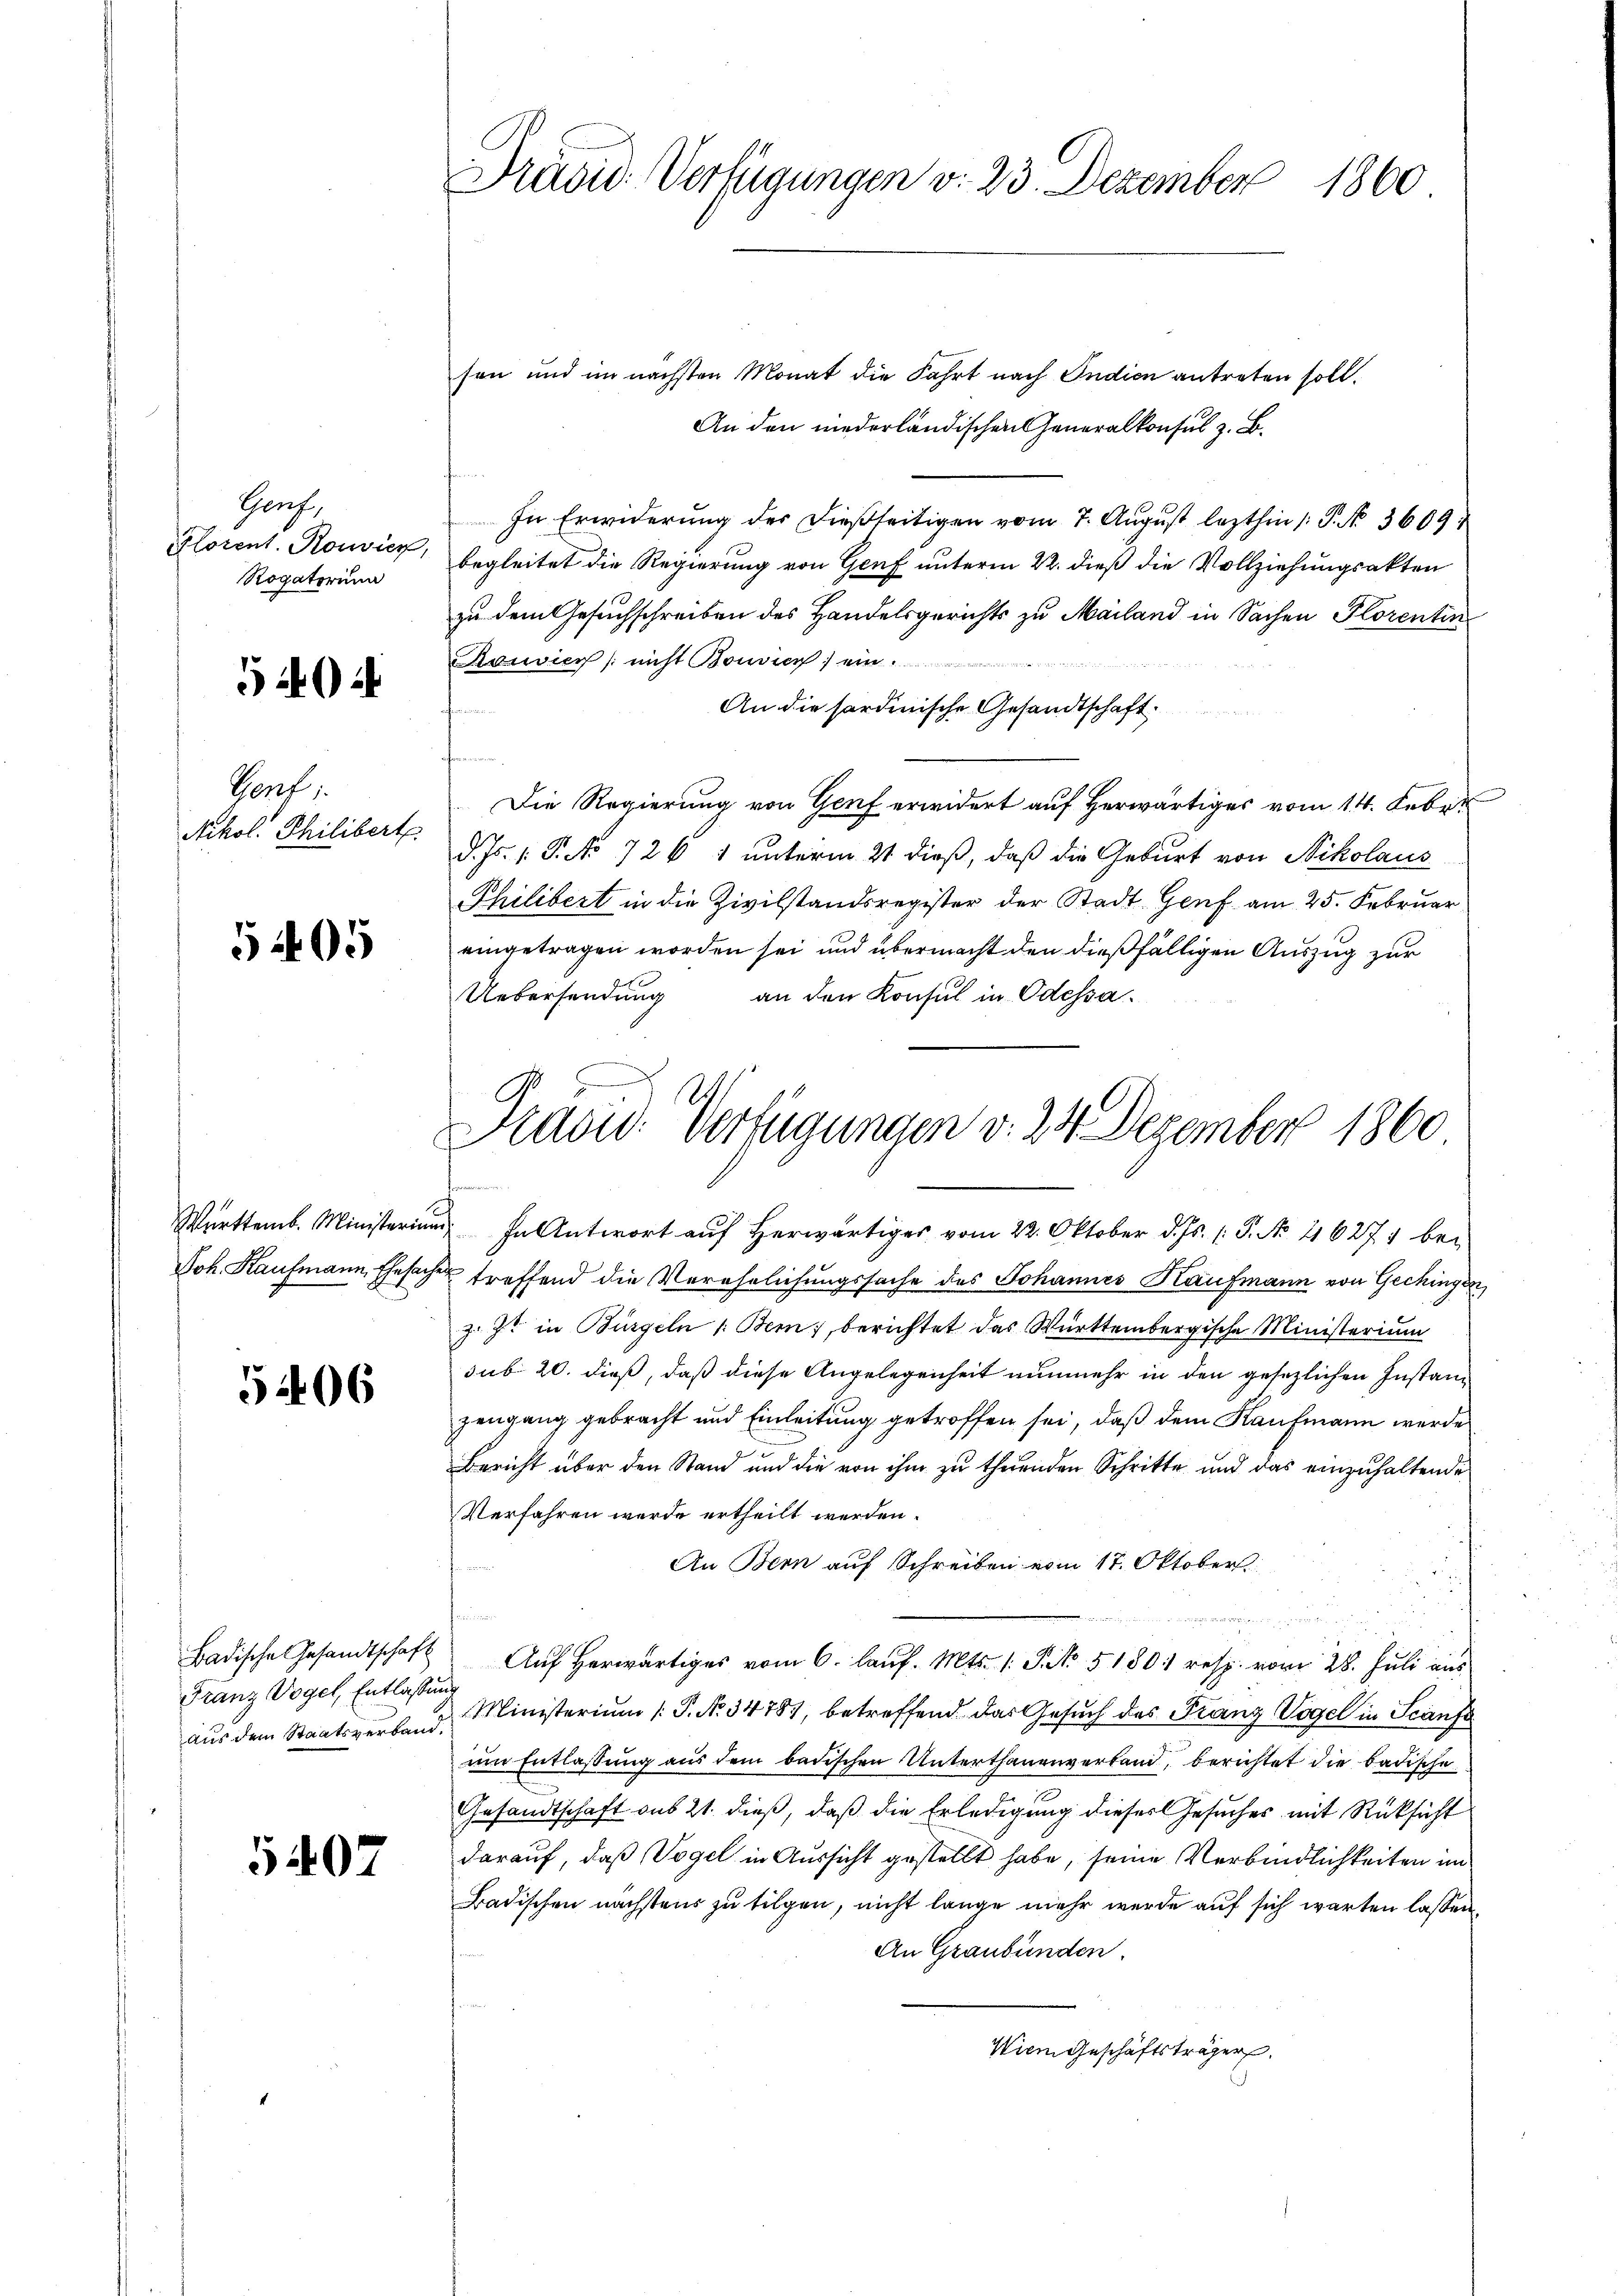
Graf,
Rogatorium

544

Porf
Nikol. Philibert

5405

5406

Franz Vogel, Entlassung

5407

Präsid. Verfügungen v. 23. Dezember 1860

sen und im nächsten Monat die Fahrt nach Indien antreten soll.
An den niederländischen Generalkonsul z. B.
d
In Erwiderung der dießseitigen vom 7. August lezthin /: P. No. 3609
Plorent. Sowicz, begleitet die Regierung von Genf unterm 22. dieß die Vollziehungsakten
zu dem Gesuchschreiben des Handelsgerichts zu Mailand in Sachen Plorentin

Ranvier (nicht Bonvice) ein
An die fordinische Gesandtschaft.
e
Die Regierung von Genf erwidert auf Herwärtiges vom 14. Febr.
d. Js. 1. P. No 726 1 unterm 21 dieß, daß die Geburt von Nikolaus
Philibert in die Zivilstandsregister der Stadt Genf am 25. Februar
eingetragen worden sei und übermacht den dießfälligen Auszug zur
Uebersendung
an den Konsul in Odessa¬
Württemb. Ministerium In Antwort auf Herwärtiges vom 22. Oktober d. Js. (: P. No. 216271 bei
Joh. Kaufmann, Ehesache treffend die Verehelichungssache des Johannes Kaufmann von Gechingen,
z. Zt. in Bürgeln 1: Bei berichtet das Württembergische Ministerium
sub. 20. dieß, daß diese Angelegenheit nunmehr in den gesezlichen Instanz
zengang gebracht und Einleitung getroffen sei, daß dem Kaufmann werde
d
Bericht über den Stand und die von ihm zu thuenden Schritte und das einzuhaltende
Verfahren werde ertheilt werden.
An Bern auf Schreiben vom 17. Oktober.

Badische Gesandtschaft Auf herwärtiges vom 6. laŭf. Mts. 1. So 51801 resp. vom 28. Juli aus
aus dem Staatsverland Ministerium (: P. N. 34787, betreffend das Gesuch des Franz Vogel in Scanfe
im Entlassung aus dem badischen Unterthanenverband, berichtet die badische
Gesandtschaft aus 21. dieß, daß die Erledigung dieser Gesuches mit Rücksicht
darauf, daß Vogel in Aussicht gestellt habe, seine Verbindlichkeiten im
Badischen nächstens zu tilgen, nicht lange mehr werde auf sich warten lassen.
An Graubünden.
Wien Geschäftsträger.

Pravić-Verfügungen d. 24 Dezember 1860